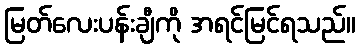
မြတ်လေးပန်းချီကို အရင်မြင်ရသည်။